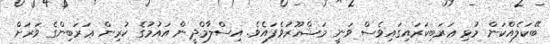
ބޭކަލެއްކަން މުޅި ޢަރަބިކަރައިގައިވެސް ވަނީ މަޝްހޫރުވެފައެވެ. އިސްލާމްދީން އައުމުގެ ކުރިން ޢަރަބިންގެ ވަރަށް